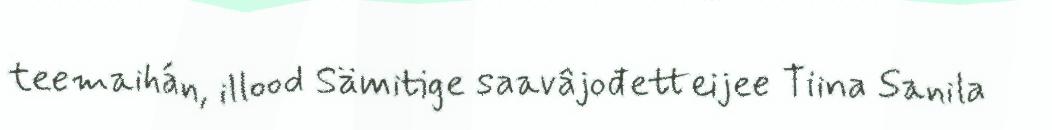
teemaihán, illood Sämitige saavâjođetteijee Tiina Sanila